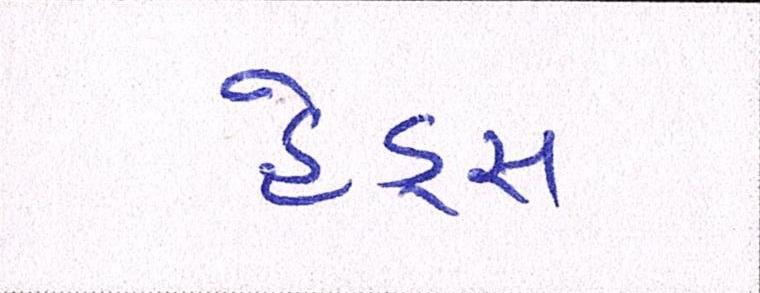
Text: હેડ્સ